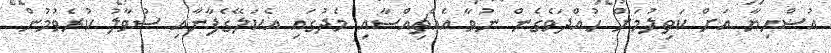
އުޟްޙިޔާ އަށް ކަތިލުމަށް ހުއްދަވެގެން ނުވާ އެއްޗިއްސާއި މެދުގައި އެކަލޭގެފާނާއި ސުވާލު ކުރެވުމުން